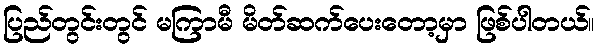
ပြည်တွင်းတွင် မကြာမီ မိတ်ဆက်ပေးတော့မှာ ဖြစ်ပါတယ်။